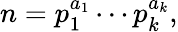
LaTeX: n=p_{1}^{a_{1}}\cdots p_{k}^{a_{k}},